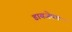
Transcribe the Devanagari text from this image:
डायजेपम